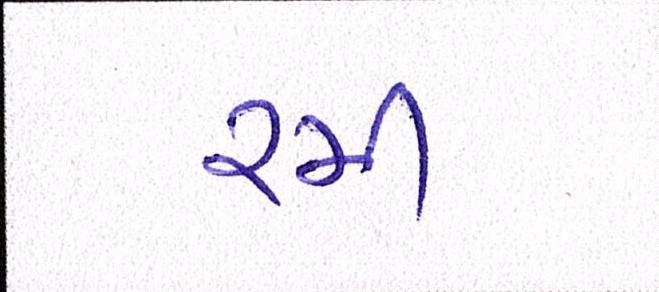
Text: રમી